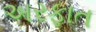
અરફાત